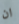
ان